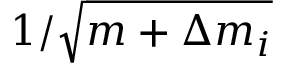
1 / \sqrt { m + \Delta m _ { i } }